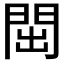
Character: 𬮉